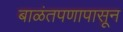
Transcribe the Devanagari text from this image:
बाळंतपणापासून